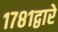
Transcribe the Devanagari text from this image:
१७८१द्वारे